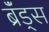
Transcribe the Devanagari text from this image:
ब्रॅंड्स